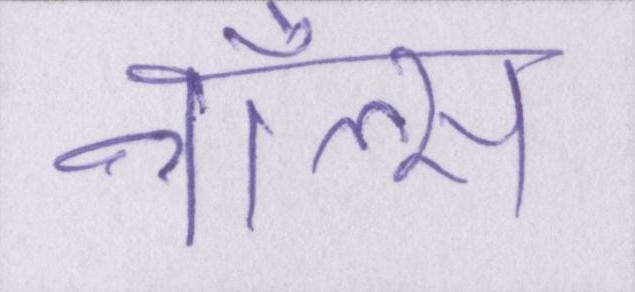
नॉल्स